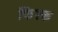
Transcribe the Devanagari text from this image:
फिस्‍क